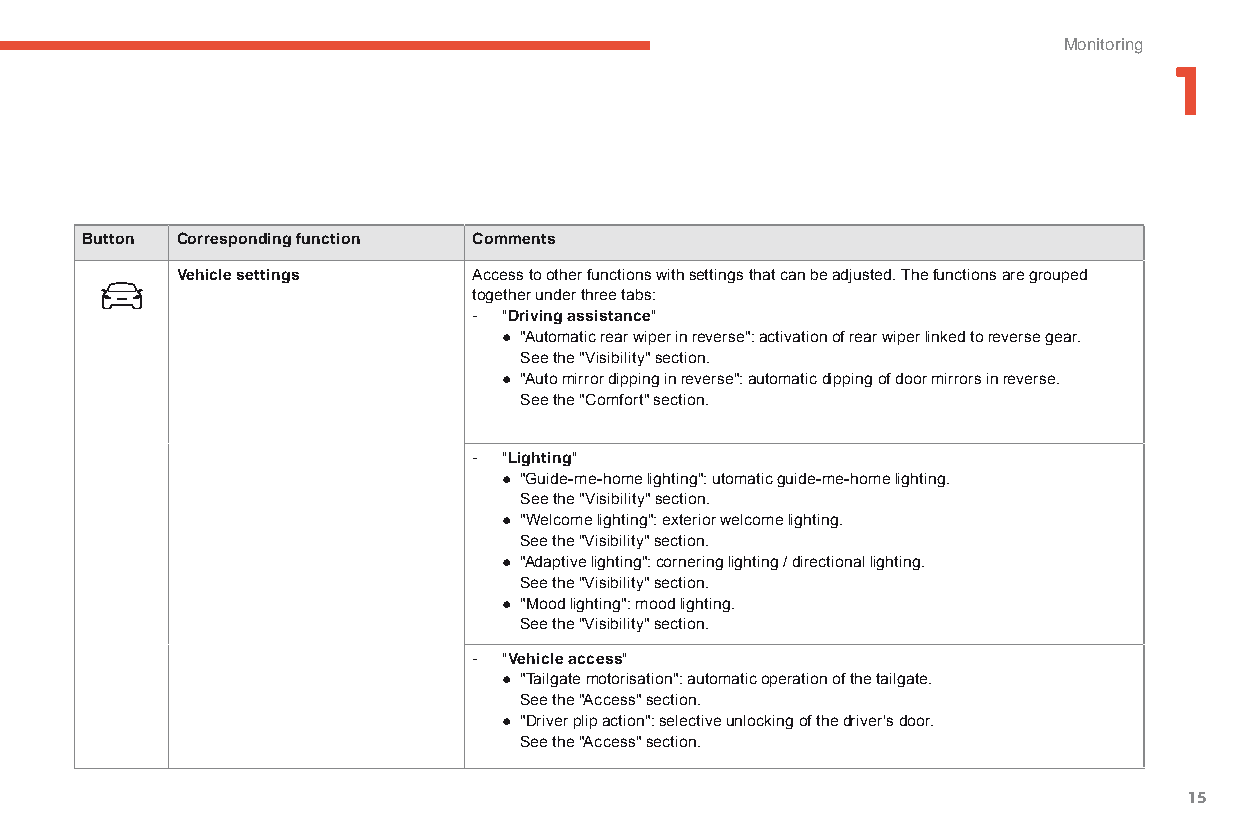
Monitoring
 1
 Button Corresponding function Comments
 Vehicle settings   Access to other functions with settings that can be adjusted. The functions are grouped
 together under three tabs:
 - "Driving assistance"
 ● "Automatic rear wiper in reverse": activation of rear wiper linked to reverse gear.
 See the "Visibility" section.
 ● "Auto mirror dipping in reverse": automatic dipping of door mirrors in reverse.
 See the "Comfort" section.
 - "Lighting"
 ● "Guide-me-home lighting": utomatic guide-me-home lighting.
 See the "Visibility" section.
 ● "Welcome lighting": exterior welcome lighting.
 See the "Visibility" section.
 ● "Adaptive lighting": cornering lighting / directional lighting.
 See the "Visibility" section.
 ● "Mood lighting": mood lighting.
 See the "Visibility" section.
 - "Vehicle access"
 ● "Tailgate motorisation": automatic operation of the tailgate.
 See the "Access" section.
 ● "Driver plip action": selective unlocking of the driver's door.
 See the "Access" section.
 15
 C4-Picasso-II_en_Chap01_controle-de-marche_ed01-2015